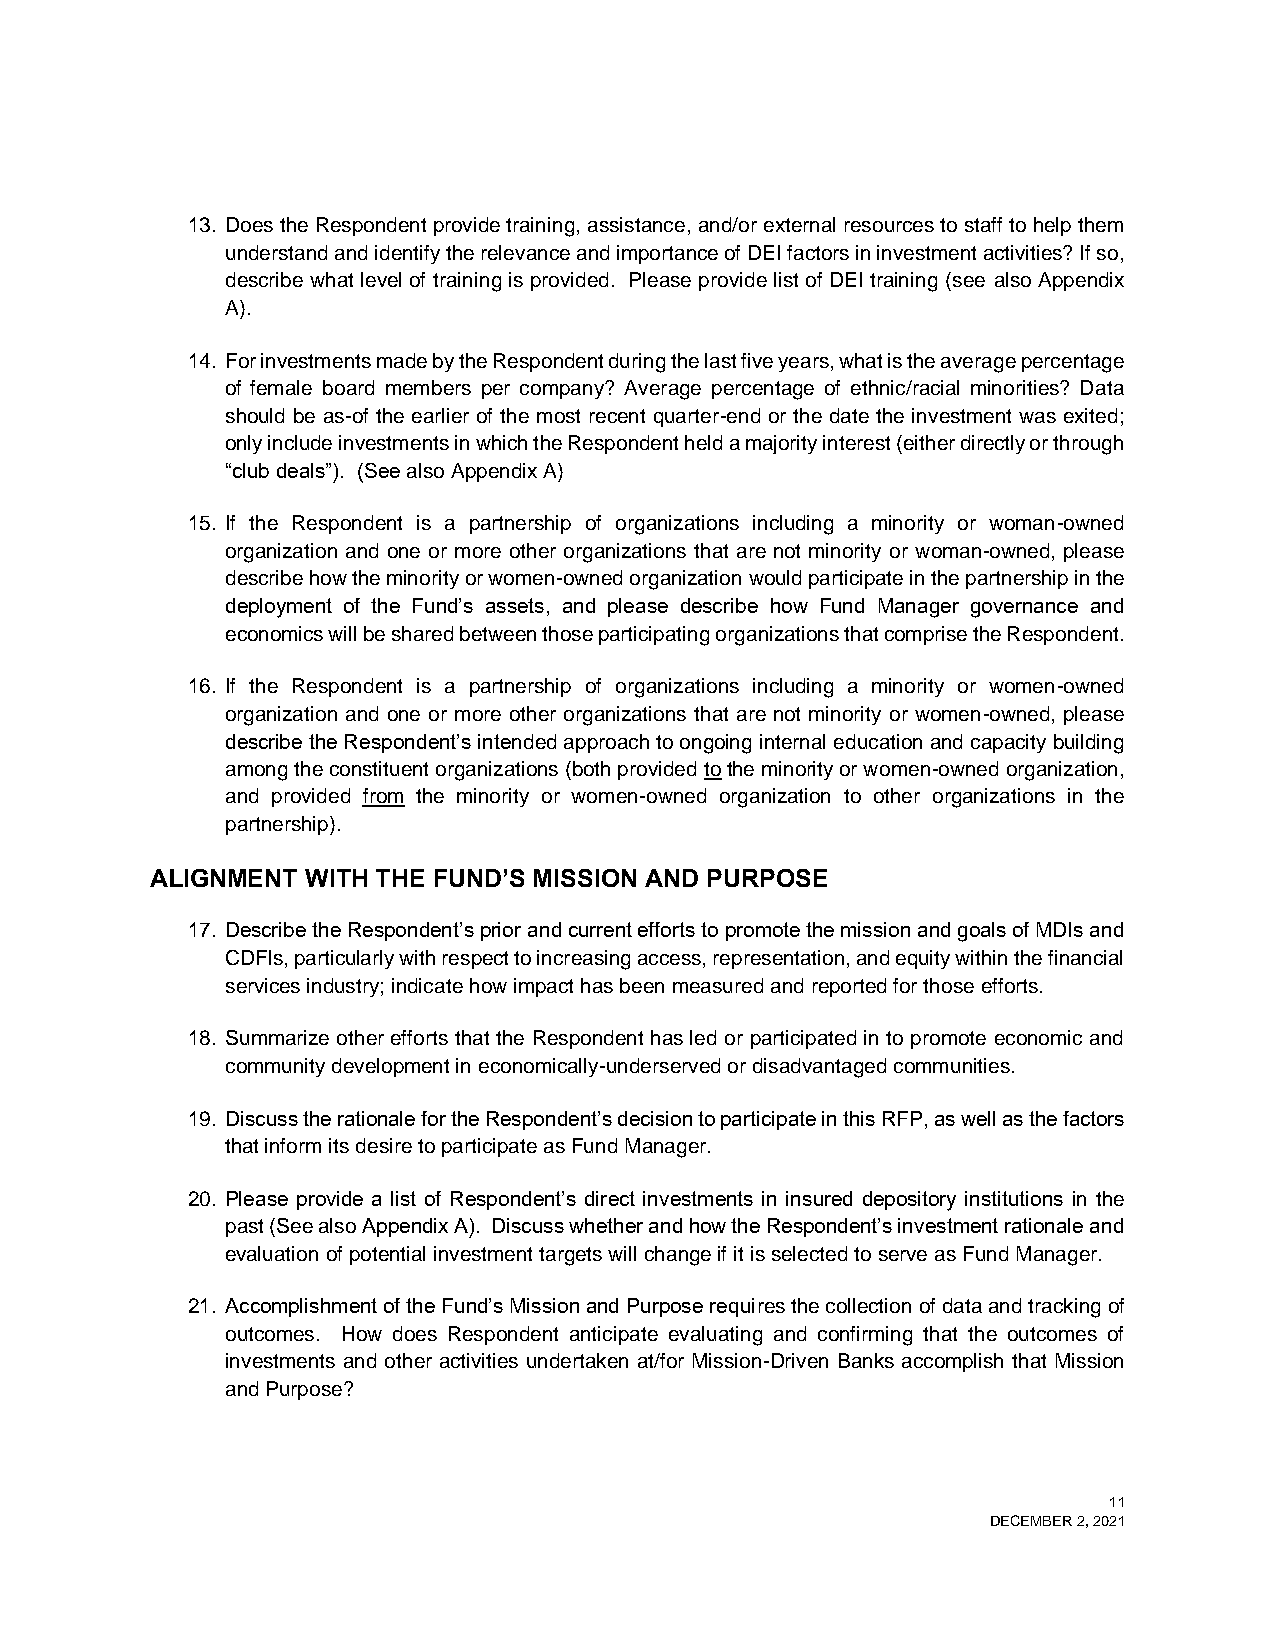
13. Does the Respondent provide training, assistance, and/or external resources to staff to help them
 understand and identify the relevance and importance of DEI factors in investment activities? If so,
 describe what level of training is provided. Please provide list of DEI training (see also Appendix
 A).
 14. For investments made by the Respondent during the last five years, what is the average percentage
 of female board members per company? Average percentage of ethnic/racial minorities? Data
 should be as-of the earlier of the most recent quarter-end or the date the investment was exited;
 only include investments in which the Respondent held a majority interest (either directly or through
 “club deals”). (See also Appendix A)
 15. If the Respondent is a partnership of organizations including a minority or woman-owned
 organization and one or more other organizations that are not minority or woman-owned, please
 describe how the minority or women-owned organization would participate in the partnership in the
 deployment of the Fund’s assets, and please describe how Fund Manager governance and
 economics will be shared between those participating organizations that comprise the Respondent.
 16. If the Respondent is a partnership of organizations including a minority or women-owned
 organization and one or more other organizations that are not minority or women-owned, please
 describe the Respondent’s intended approach to ongoing internal education and capacity building
 among the constituent organizations (both provided to the minority or women-owned organization,
 and provided from the minority or women-owned organization to other organizations in the
 partnership).
 ALIGNMENT WITH THE FUND’S MISSION AND PURPOSE
 17. Describe the Respondent’s prior and current efforts to promote the mission and goals of MDIs and
 CDFIs, particularly with respect to increasing access, representation, and equity within the financial
 services industry; indicate how impact has been measured and reported for those efforts.
 18. Summarize other efforts that the Respondent has led or participated in to promote economic and
 community development in economically-underserved or disadvantaged communities.
 19. Discuss the rationale for the Respondent’s decision to participate in this RFP, as well as the factors
 that inform its desire to participate as Fund Manager.
 20. Please provide a list of Respondent’s direct investments in insured depository institutions in the
 past (See also Appendix A). Discuss whether and how the Respondent’s investment rationale and
 evaluation of potential investment targets will change if it is selected to serve as Fund Manager.
 21. Accomplishment of the Fund’s Mission and Purpose requires the collection of data and tracking of
 outcomes. How does Respondent anticipate evaluating and confirming that the outcomes of
 investments and other activities undertaken at/for Mission-Driven Banks accomplish that Mission
 and Purpose?
 11
 DECEMBER 2, 2021